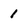
Character: 1